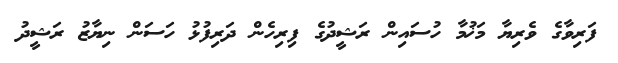
ފަރިވާގެ ވެރިޔާ މަޚުމާ ހުސައިން ރަޝީދުގެ ފިރިހެން ދަރިފުޅު ހަސަން ނިޔާޒު ރަޝީދު